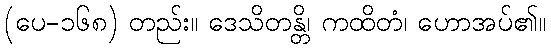
(ပေ-၁၆၈) တည်း။ ဒေသိတန္တိ၊ ကထိတံ၊ ဟောအပ်၏။